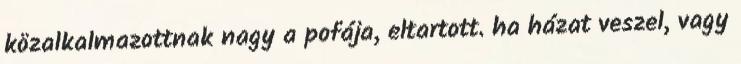
közalkalmazottnak nagy a pofája, eltartott. ha házat veszel, vagy